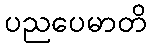
ပညပေမာတိ